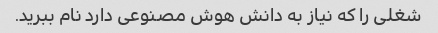
شغلی را که نیاز به دانش هوش مصنوعی دارد نام ببرید.